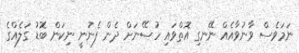
ނަމަވެސް ވާނުވާއެއް ނޭނގި އޮތްވައި ހުސޭނަށް ދެން ފެނުނީ ނިކަން ބޮޑު ގަލެއްގެ